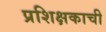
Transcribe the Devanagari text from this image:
प्रशिक्षकाची